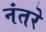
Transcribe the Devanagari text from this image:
नंतरे